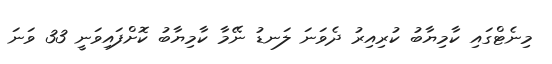
މިނެޓްގައި ކާމިޔާބު ކުރިއިރު ދެވަނަ ލަނޑު ނޭމާ ކާމިޔާބު ކޮށްފައިވަނީ 33 ވަނަ